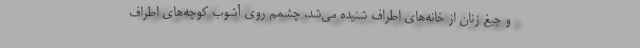
و جیغ زنان از خانه‌های اطراف شنیده می‌شد. چشمم روی آشوب کوچه‌های اطراف